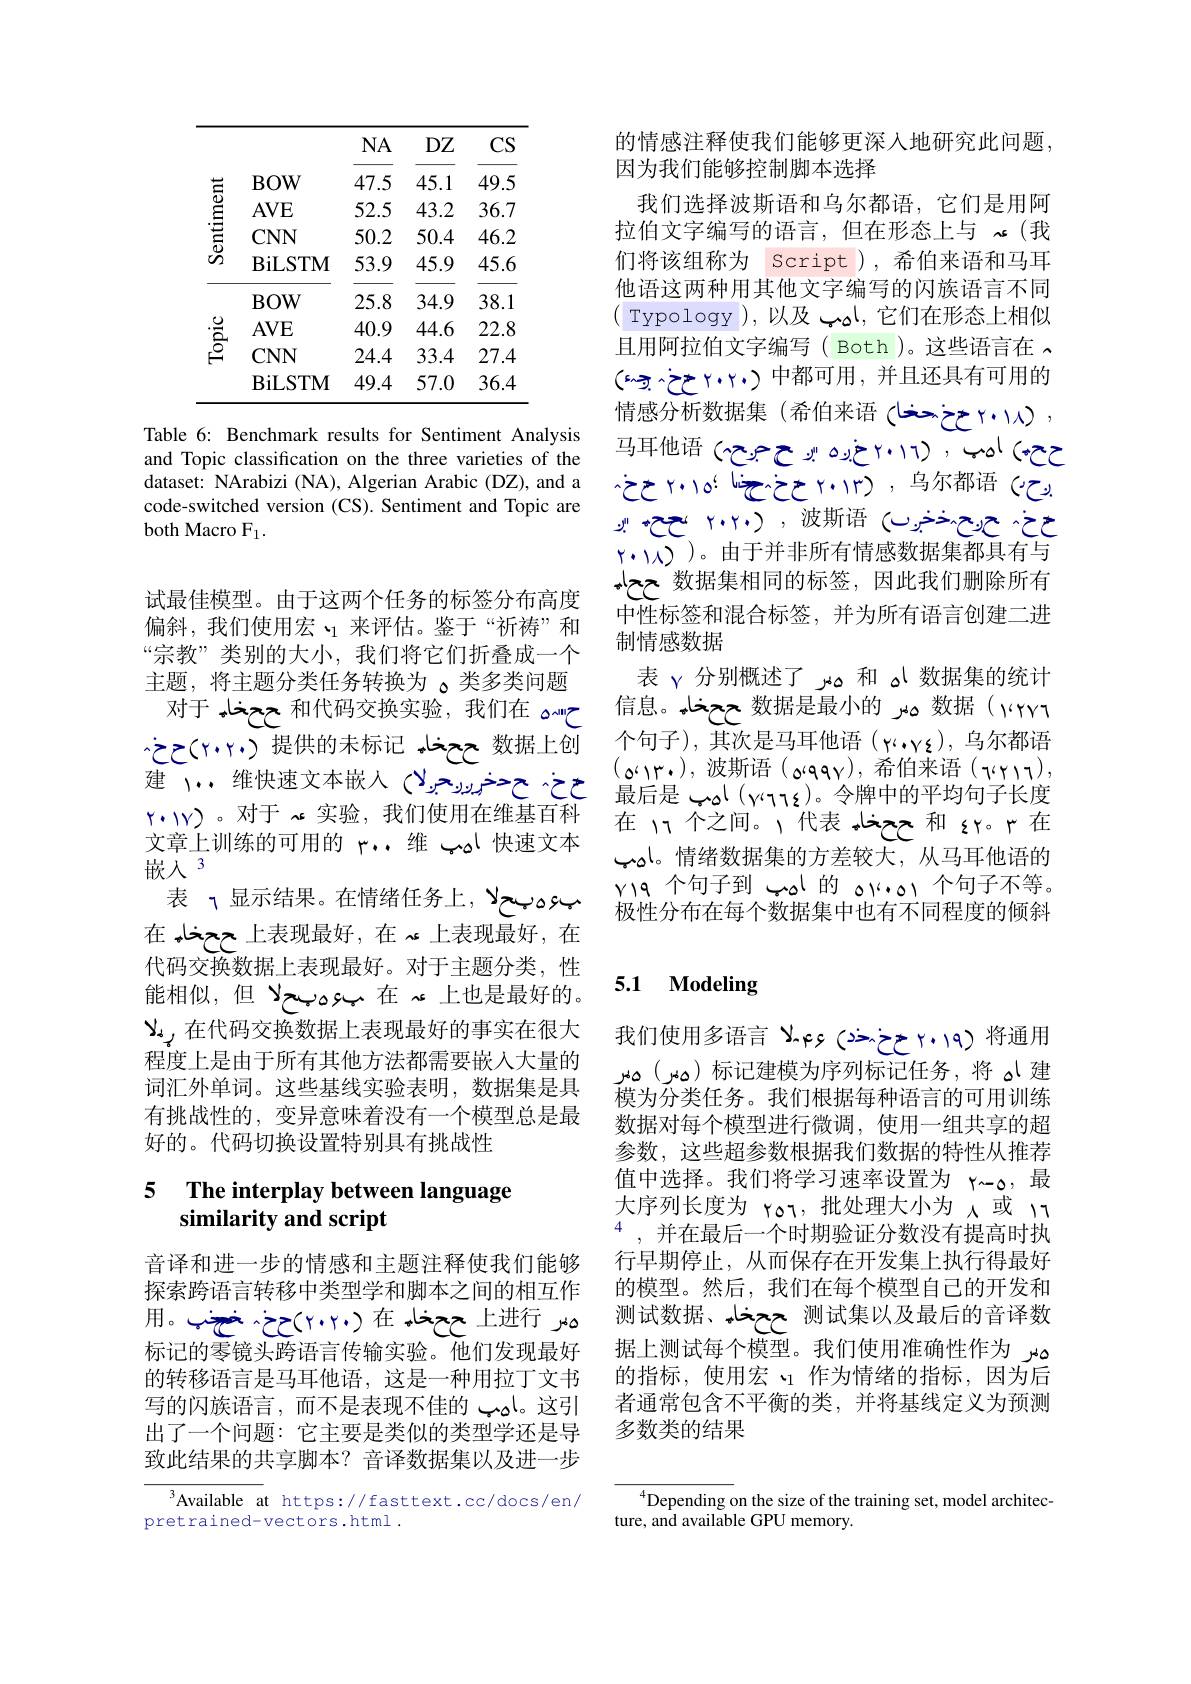
<table>
	<tbody>
		<tr>
			<th> </th>
			<th> </th>
			<th>$NA$</th>
			<th>$DZ$</th>
			<th>$CS$</th>
		</tr>
		<tr>
			<td rowspan="4">Sentiment</td>
			<td>$BOW$</td>
			<td>47.5</td>
			<td>45.1</td>
			<td>49.5</td>
		</tr>
		<tr>
			<td>$AVE$</td>
			<td>52.5</td>
			<td>43.2</td>
			<td>36.7</td>
		</tr>
		<tr>
			<td>$CNN$</td>
			<td>50.2</td>
			<td>50.4</td>
			<td>46.2</td>
		</tr>
		<tr>
			<td>BiLSTM</td>
			<td>53.9</td>
			<td>45.9</td>
			<td>45.6</td>
		</tr>
		<tr>
			<td> </td>
			<td>$BOW$</td>
			<td>25.8</td>
			<td>34.9</td>
			<td>38.1</td>
		</tr>
		<tr>
			<td rowspan="3"></td>
			<td>$AVE$</td>
			<td>40.9</td>
			<td>44.6</td>
			<td>22.8</td>
		</tr>
		<tr>
			<td>$CNN$</td>
			<td>24.4</td>
			<td>33.4</td>
			<td>27.4</td>
		</tr>
		<tr>
			<td>BiLSTM</td>
			<td>49.4</td>
			<td>57.0</td>
			<td>36.4</td>
		</tr>
	</tbody>
</table>

Table 6: Benchmark results for Sentiment Analysis and Topic classification on the three varieties of the dataset: NArabizi (NA), Algerian Arabic (DZ), and a code-switched version (CS). Sentiment and Topic are both Macro F1.

试最佳模型。由于这两个任务的标签分布高度偏斜，我们使用宏丶_1来评估。鉴于“祈祷”和“宗教”类别的大小，我们将它们折叠成一个主题，将主题分类任务转换为 。类多类问题对于 ححخاء $^{\text{和代码交换实验，我们在 ه\"{w}ح}}$ $\therefore\dot{c}\geq(r\cdot r\cdot)$提供的未标记 ححخاه $\frac{1}{2}$ $(r\cdot(r))$。对于$\nsim$实验，我们使用在维基百科文章上训练的可用的 ...维 اہہ ہ 嵌入 3
表 ¬显示结果。在情绪任务上，بهومیحلا 在 上表现最好，在 $\nsim$上表现最好，在代码交换数据上表现最好。对于主题分类，性能相似，但 在 بھوہجلا 但 Anderan $\epsilon$ $X_{i,j}$在代码交换数据上表现最好的事实在很大程度上是由于所有其他方法都需要嵌入大量的词汇外单词。这些基线实验表明，数据集是具有挑战性的，变异意味着没有一个模型总是最好的。代码切换设置特别具有挑战性

### 5 The interplav between language similarity and script

音译和进一步的情感和主题注释使我们能够探索跨语言转移中类型学和脚本之间的相互作$\text{هار ححخاه }_{2}$ خخب $_{(1,\ldots,1)}$ خخي $_{\text{مالمان }}$ 标记的零镜头跨语言传输实验。他们发现最好的转移语言是马耳他语，这是一种用拉丁文书写的闪族语言，而不是表现不佳的。这引出了一个问题：它主要是类似的类型学还是导致此结果的共享脚本？音译数据集以及进一步

${\overline{{^3}\text{Available a}}}$t https://fasttext.cc/docs/en/
pretrained-vectors.html .

的情感注释使我们能够更深人地研究此问题，
因为我们能够控制脚本选择
我们选择波斯语和乌尔都语，它们是用阿拉伯文字编写的语言，但在形态上与 心(我们将该组称为 Script),希伯来语和马耳他语这两种用其他文字编写的闪族语言不同( Typology ),以及 امب ,它们在形态上相似且用阿拉伯文字编写( Both)。这些语言在$\sim$ ( (元之一个..)中都可用，并且还具有可用的情感分析数据集(希伯来语) (希伯来这么之一之(1,1), こ う し し ゅ う (1+4.7),いいやぶいいいしんしょう$\therefore$و ح ر و ا ل م ا ن ف ا ل م ا ن ف ا ل م ا ن ف ا ل م ا ن حذ حرجها ونخض) , 波斯语 والما $x_{1}=x_{2}$ والما و $((1,1\lambda))。由于并非所有情感数据集都具有与$ ححاہ $^{\text{数据集相同的标签，因此我们删除所有}}$ 中性标签和混合标签，并为所有语言创建二进制情感数据
表 γ分别概述了 ہس 和$_{\Delta}$数据集的统计信息。ححخاء ححخاه $^{\text{数据是最小的}}$ همر 数据(rrr 个句子),其次是马耳他语(yi..yz),乌尔都语
在〈个之间。〉代表 ححخا。和 zr。r在امپ。情绪数据集的方差较大，从马耳他语的$v$个句子到 أهپ المپ أهپ أهپ أهپ أهپ أهپ أهپ 极性分布在每个数据集中也有不同程度的倾斜

## 5.1 Modeling

我们使用多语言$x$ والا 言语语言 $f$ وملا 言语语(ههر) مهر( ههر) 标记建模为序列标记任务，将 ای 建模为分类任务。我们根据每种语言的可用训练数据对每个模型进行微调，使用一组共享的超参数，这些超参数根据我们数据的特性从推荐值中选择。我们将学习速率设置为 Y\_o,最大序列长度为 γοτ,批处理大小为 八 或 ιτ $^{4}$,并在最后一个时期验证分数没有提高时执行早期停止，从而保存在开发集上执行得最好的模型。然后，我们在每个模型自己的开发和测试数据、ححخاء ححخاء 测试集以及最后的音译数据上测试每个模型。我们使用准确性作为مەر $a_{10}$ سىتىنى 的指标，使用宏、$_1$作为情绪的指标，因为后者通常包含不平衡的类，并将基线定义为预测多数类的结果

${^{4}\text{Depending on the size of the training set, model architec-}}$
ture, and available GPU memory.